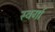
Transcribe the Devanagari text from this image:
स्वर्गा